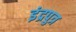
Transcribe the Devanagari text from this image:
इंद्रपुत्र